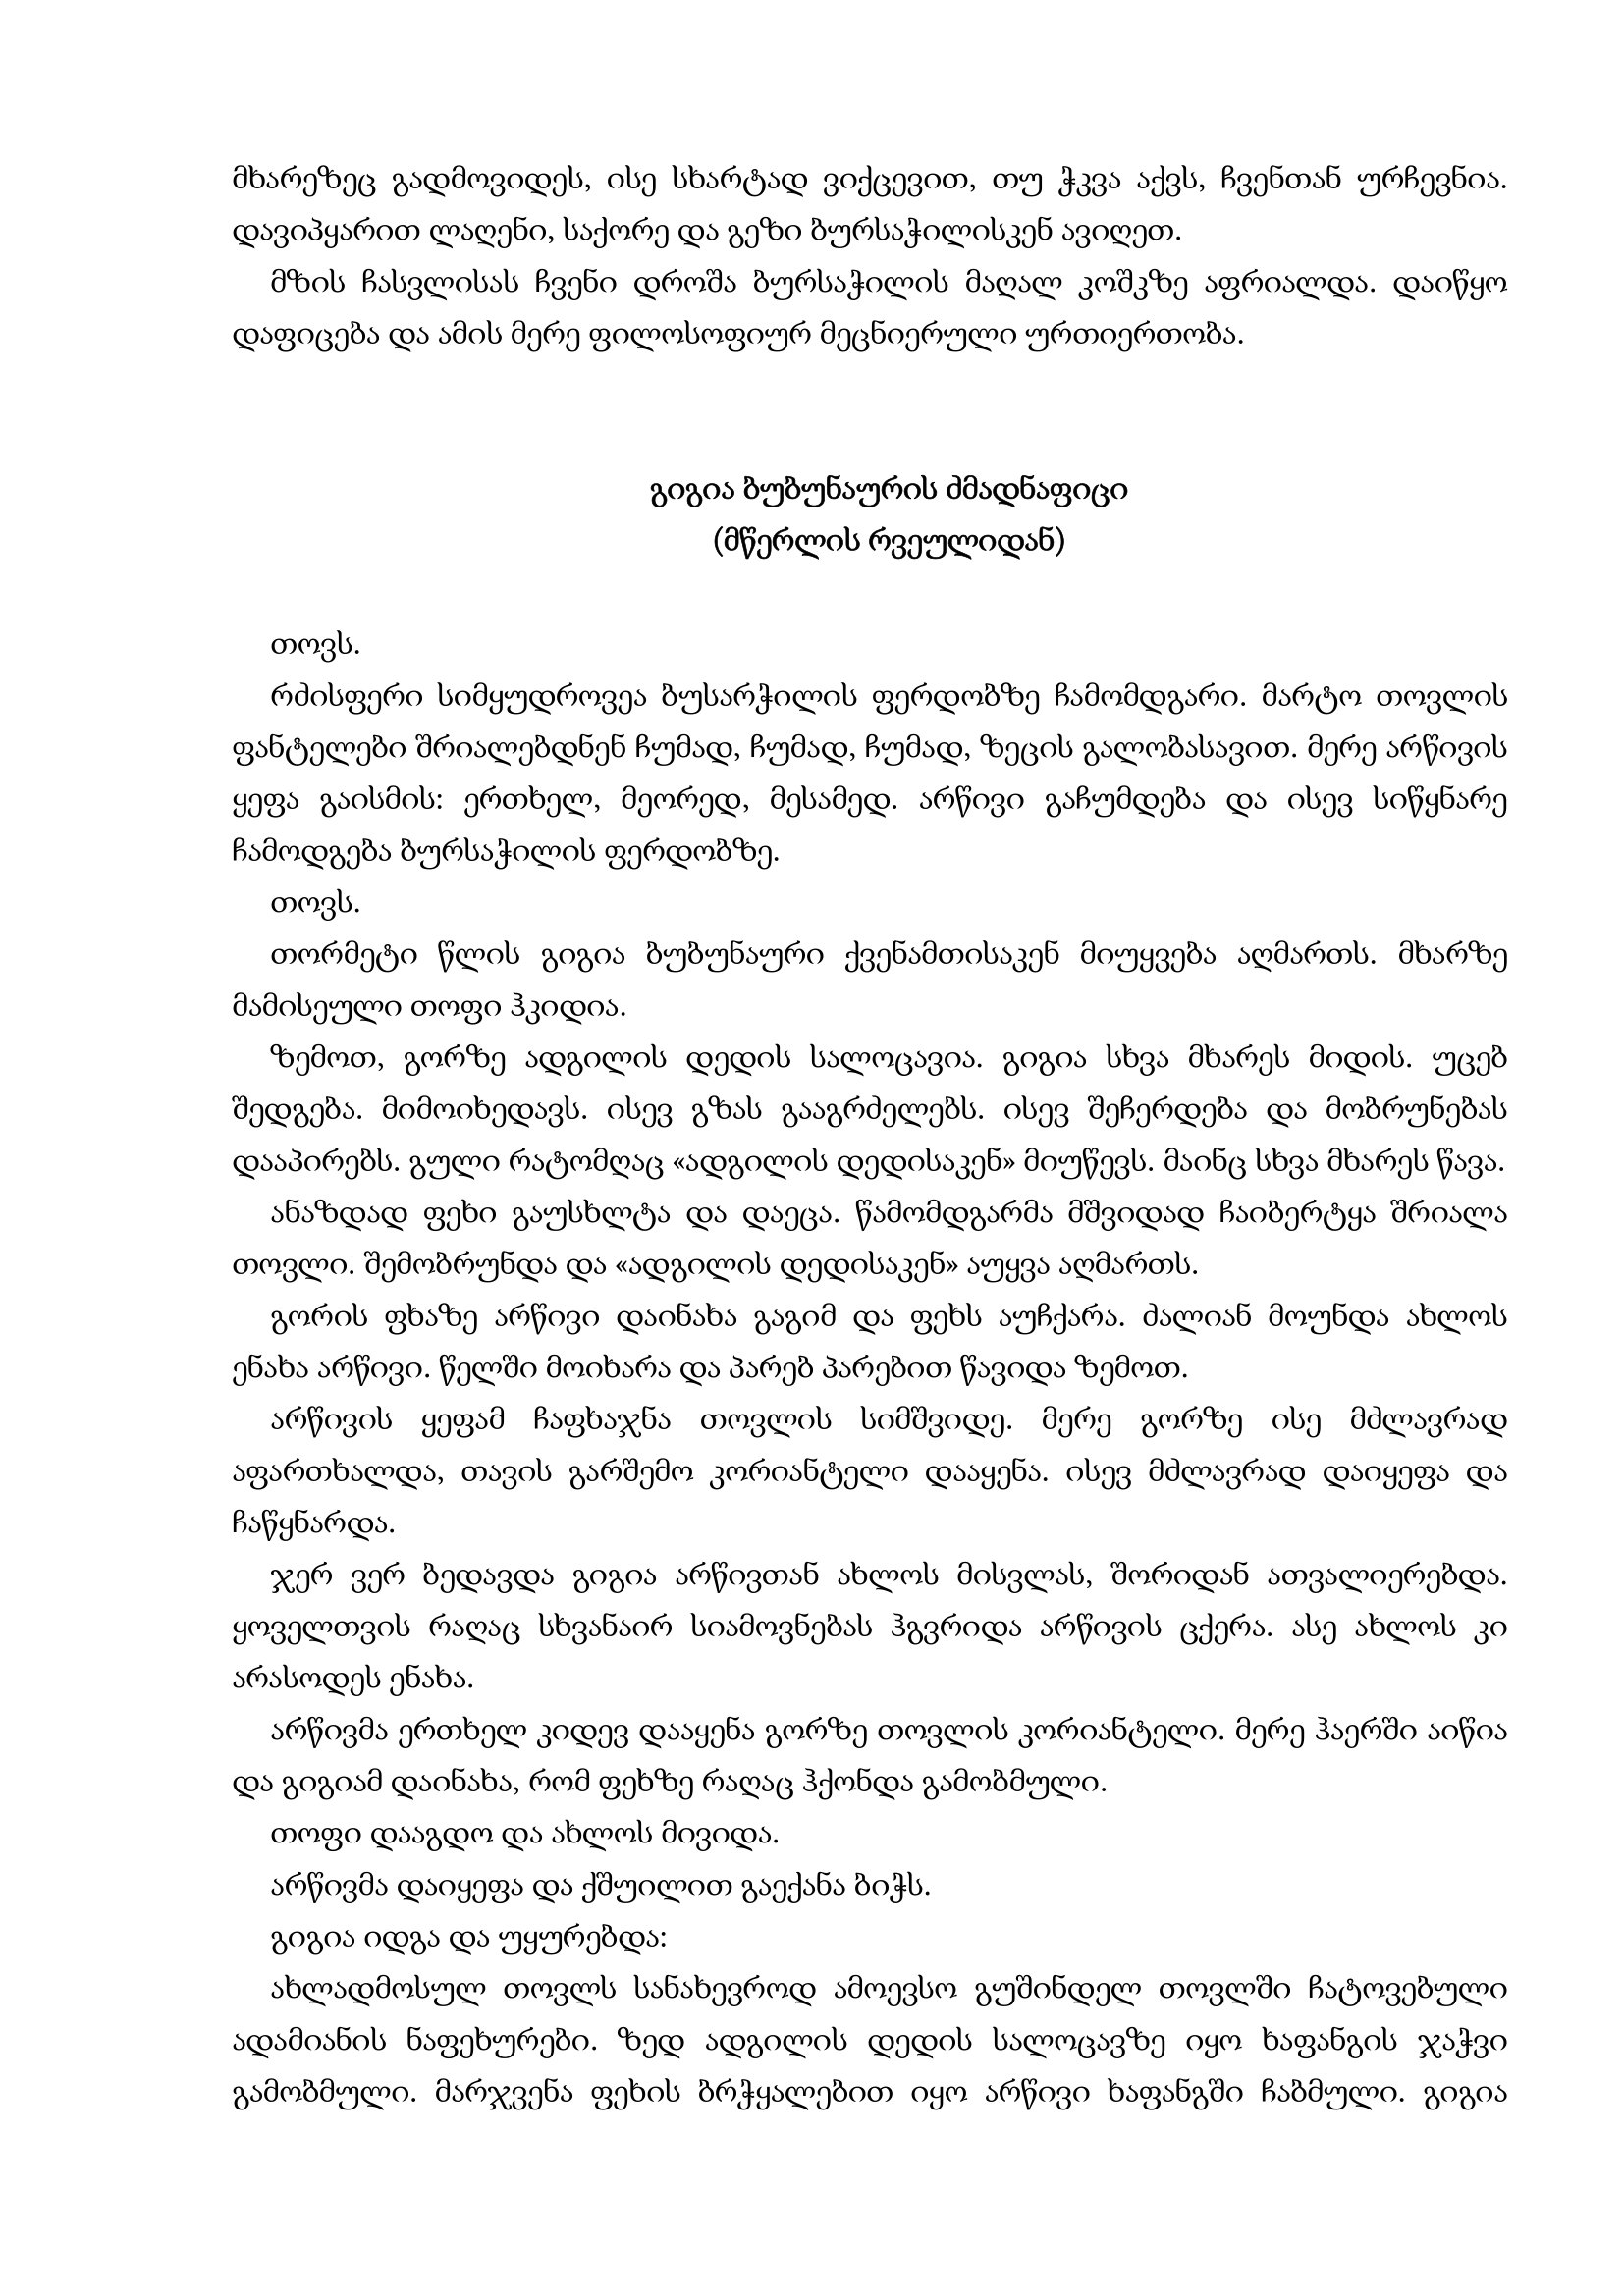
Language: gr